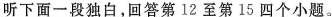
听下面一段独白,回答第12 至第 15 四个小题.